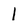
Character: 1